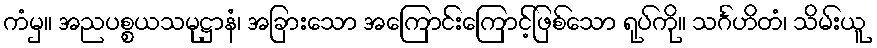
ကံမှ။ အညပစ္စယသမုဋ္ဌာနံ၊ အခြားသော အကြောင်းကြောင့်ဖြစ်သော ရုပ်ကို။ သင်္ဂဟိတံ၊ သိမ်းယူ